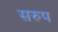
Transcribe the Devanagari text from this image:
सरुप